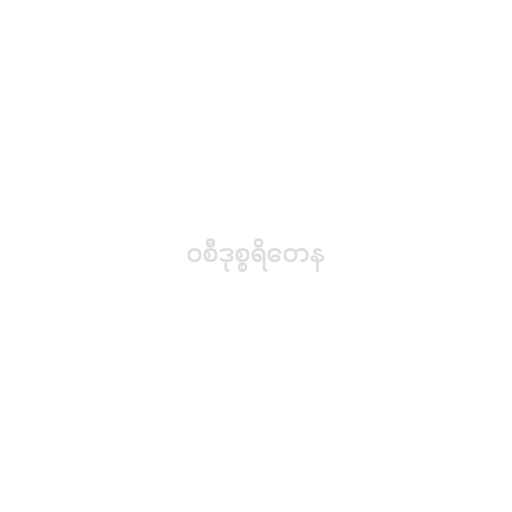
ဝစီဒုစ္စရိတေန